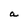
Character: a